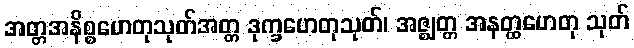
အတ္တအနိစ္စဟေတုသုတ်အတ္တ ဒုက္ခဟေတုသုတ်၊ အဇ္ဈတ္တ အနတ္ထဟေတု သုတ်